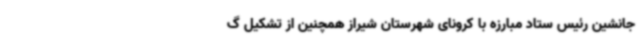
جانشین رئیس ستاد مبارزه با کرونای شهرستان شیراز همچنین از تشکیل گ